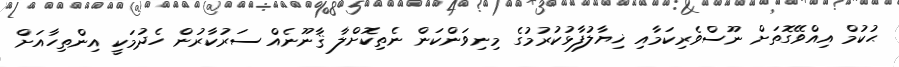
ޙުކުމް އިއްވޭގޮތަށް ނޫސްވެރިކަމާއި ޚިޔާލުފާޅުކުރުމުގެ މިނިވަންކަން ނެތިކޮށްލާ ޤާނޫނެއް ސަރުކާރުން ހެދުމަކީ އިންތިހާއަށް